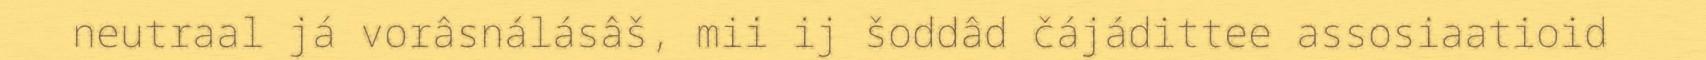
neutraal já vorâsnálásâš, mii ij šoddâd čájádittee assosiaatioid